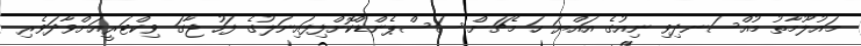
މައުލޫމާތު މުއްސަނދިވި ނިއުގެ އައްޔަ ހަ މެޗަށް ސަސްޕެންޑްކޮށްފިފައިނަލުގެ ފަހު ޖާގަ ވިކްޓަރީއަށްވާދަވެރި